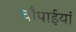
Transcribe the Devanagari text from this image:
चौपाईयां